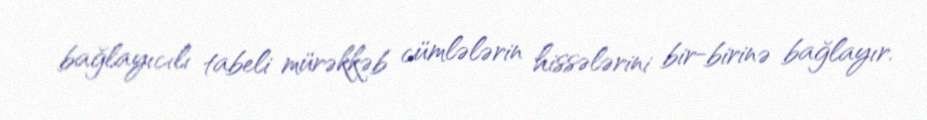
bağlayıcılı tabeli mürəkkəb cümlələrin hissələrini bir-birinə bağlayır.